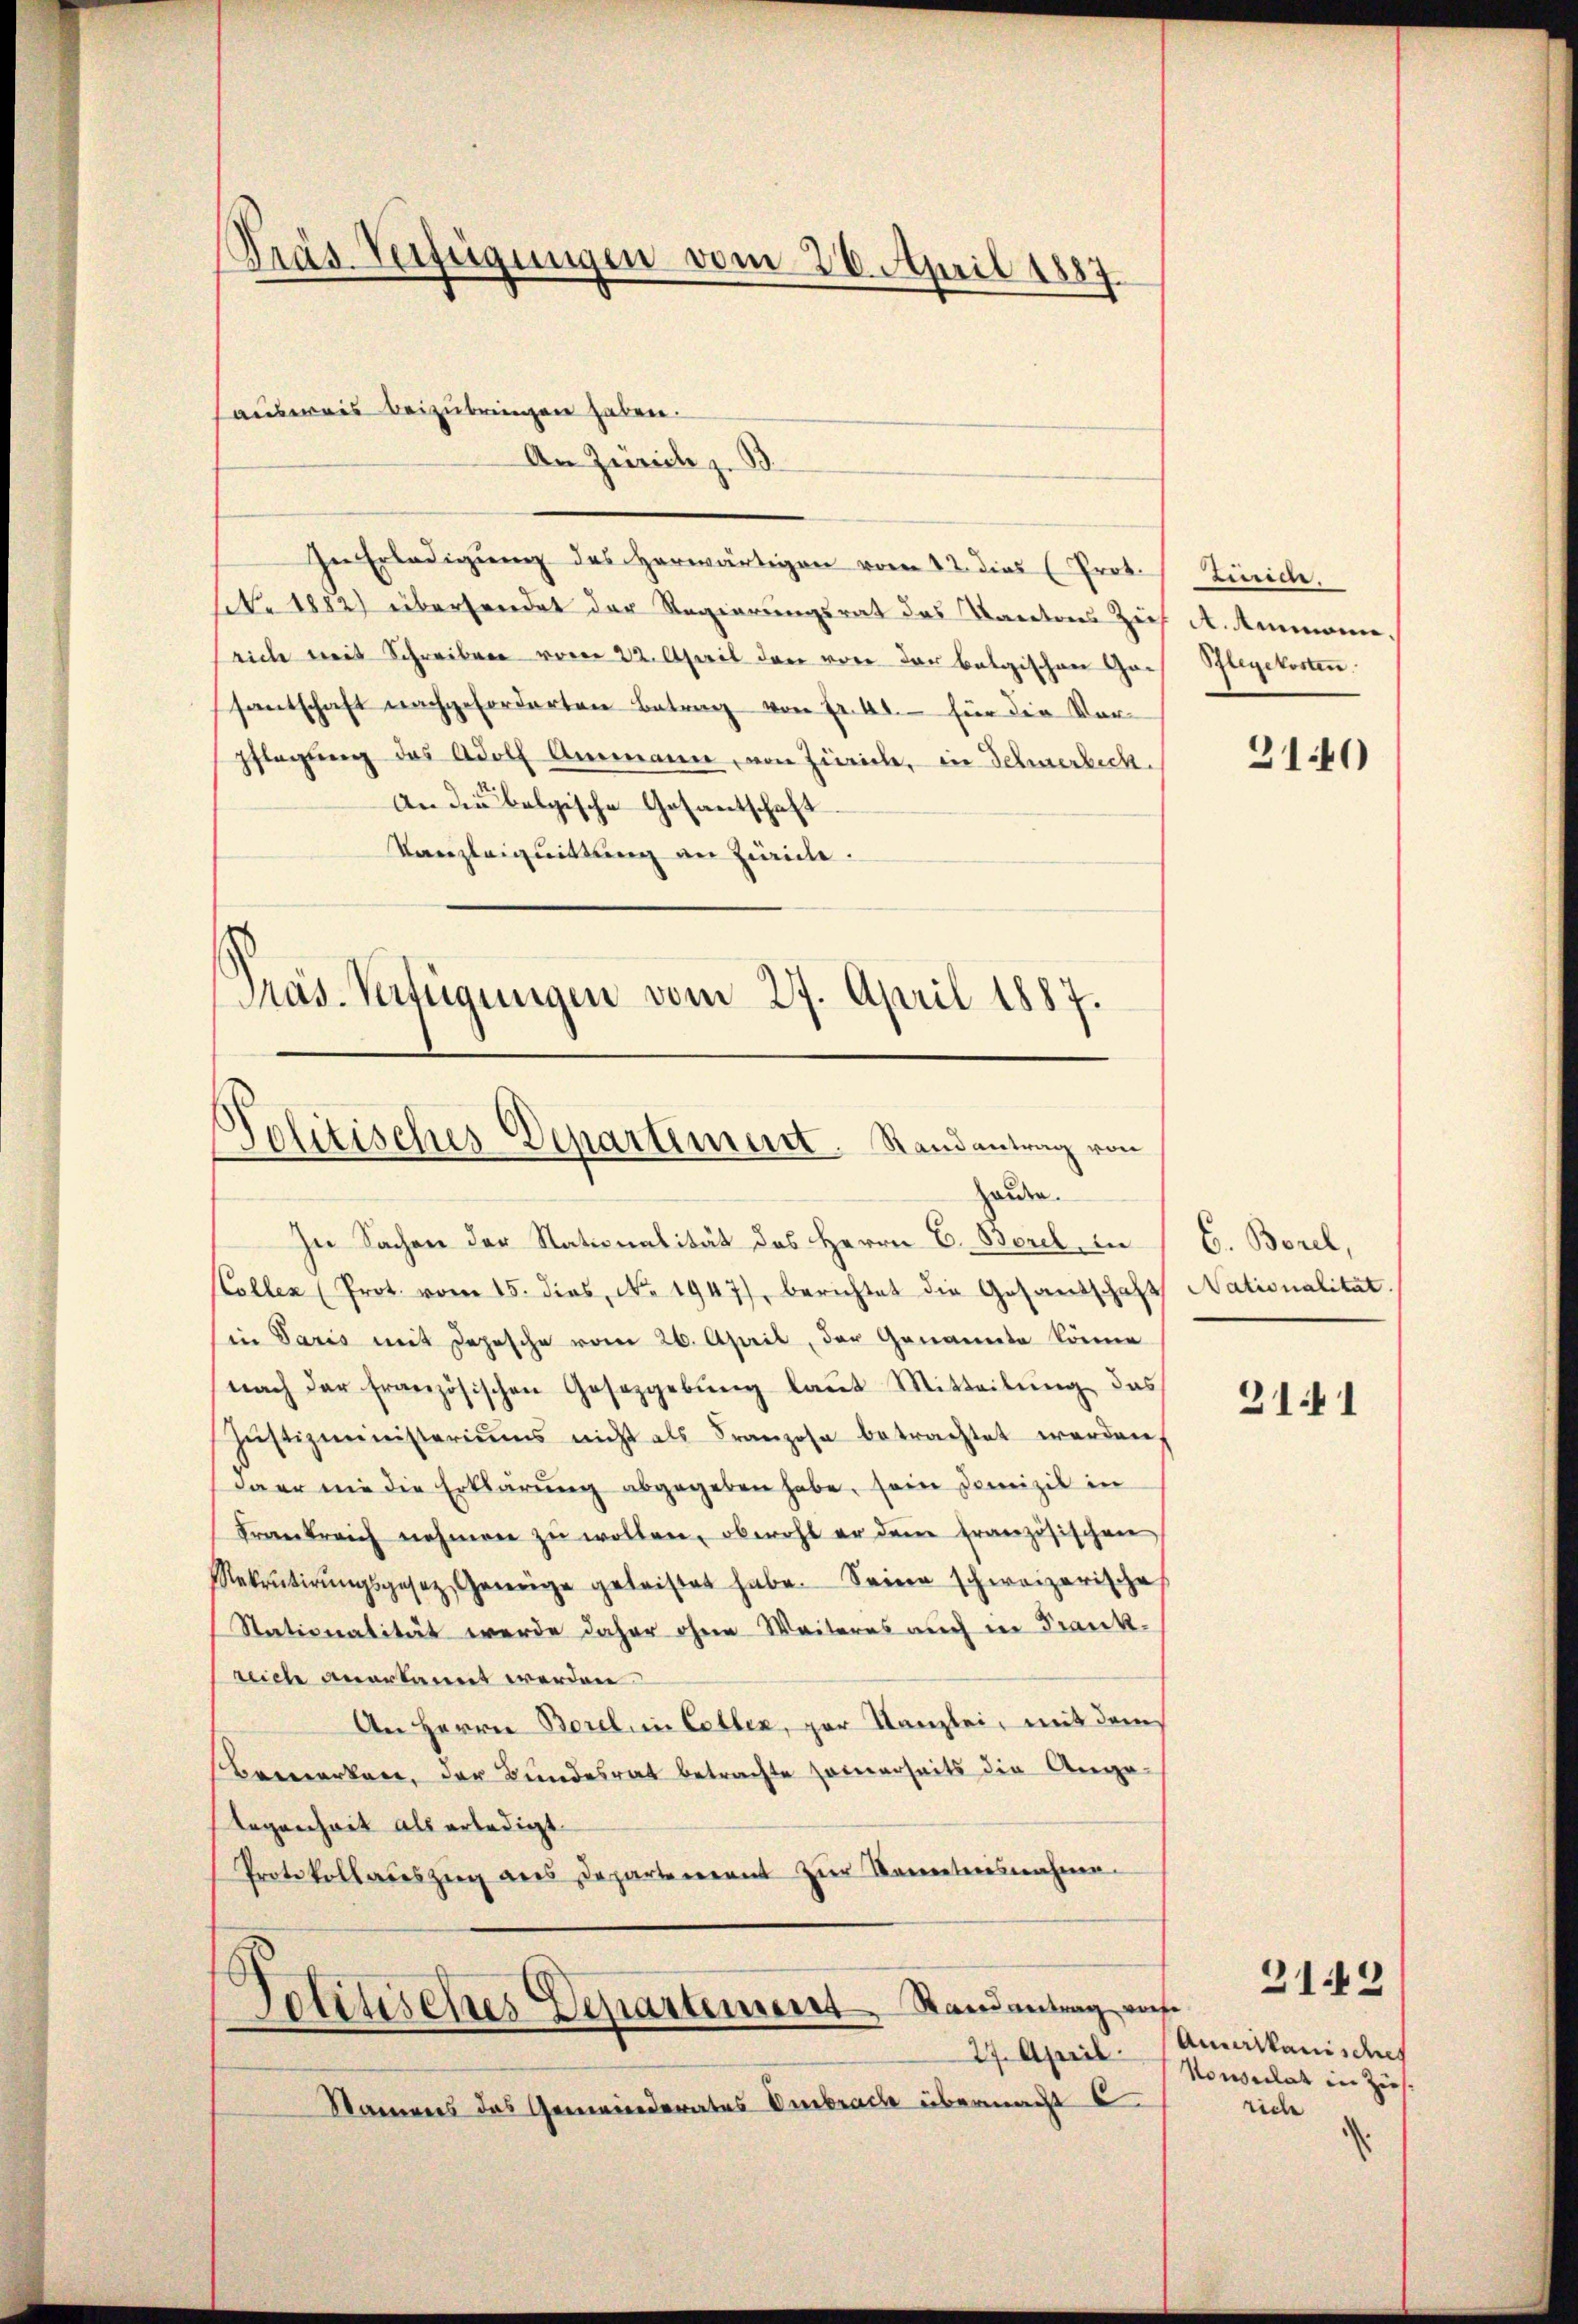
Präs. Verfügungen vom 26. April 1887

An Zürich z.
In Erledigung des Herwärtigen vom 12. dies (Prot.
ke 1882 übersendet der Regierungsrat das Kantons Zuch
rich mit Schreiben vom 22. April den von der belgischen Garsantschaft nachgeforderten Betrag von Fr. 41. für die Vor-
pflegŭng des Adolf Ammann, von Zürich, in Sehnerbeck.
An die belgische Gesantschaft
Kanzleiquittung an Zürich.
Präs-Verfügungen vom 27. April 1887.

ausweis beizubringen haben.

Politisches Departement. Randantrag von
Halden.

In Sachen der Stationalität des Herrn C. Borel, in
Kollen (Prot. vom 15. dies, No. 1947), berichtet die Gesandschaft Nationalität.
in Paris mit Jahrsche vom 26. April, der Genannte könne
nach der französischen Gesetzgebung laut Mitteilŭng das
Jŭstizministeriums nicht als Franzose betrachtet werden,
daer nie die Erklärŭng abgegeben habe, sein Domizil in
Frankreich nehmen zŭ wollen, obwohl er dem französischen
Rekrutirŭngsgesetz, Genüge geleistet habe. Seine schweizerische
Stationalität werde daher ohne Weiteres auch in Frank-
reich anerkannt werden.
An Herrn Borel, in Collen, zur Kanzlei, mit dem
bemerken, der Bundesrat betrachte seinerseits die Ange-
legenheit als erledigt.
Protokollaŭszŭg ans Departement zŭr Seiteresnahme.
Politisches Departement Randantrag auf
Namens das Gemeinderates Embrach übermacht u

tunrede.
A. Ammann.
Pflegekosten

3140)

C. Borel,

2141

Amerikanische
27. April (Vonsulat in Zieh
rich

31.2